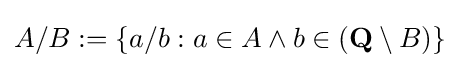
A/B:=\{a/b:a\in A\land b\in ({\textbf {Q}}\setminus B)\}